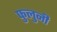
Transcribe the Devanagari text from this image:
फुलुनी